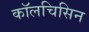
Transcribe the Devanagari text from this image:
कॉलचिसिन